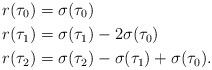
LaTeX: \begin{align*} r(\tau_0) &= \sigma(\tau_0) \\ r(\tau_1) &= \sigma(\tau_1) - 2 \sigma(\tau_0) \\ r(\tau_2) &= \sigma(\tau_2) - \sigma(\tau_1) + \sigma(\tau_0). \end{align*}